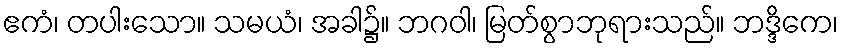
ဧကံ၊ တပါးသော။ သမယံ၊ အခါ၌။ ဘဂဝါ၊ မြတ်စွာဘုရားသည်။ ဘဒ္ဒိကေ၊